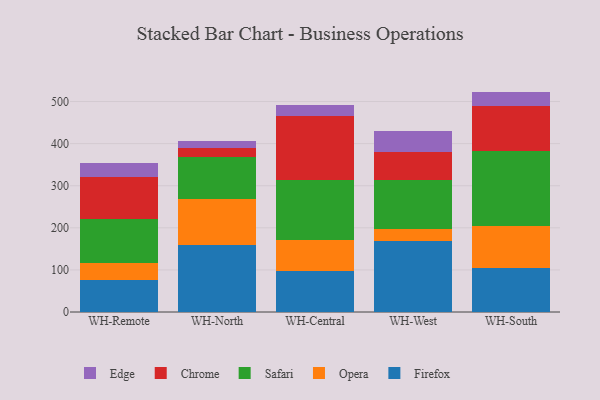
{"axis": {"x": "Warehouse", "y": "Operating Costs (USD K)"}, "legend": ["Chrome", "Edge", "Firefox", "Opera", "Safari"], "data": [{"x": "WH-Remote", "y": 75.9, "type": "Firefox"}, {"x": "WH-Remote", "y": 39.8, "type": "Opera"}, {"x": "WH-Remote", "y": 106.1, "type": "Safari"}, {"x": "WH-Remote", "y": 98.8, "type": "Chrome"}, {"x": "WH-Remote", "y": 33.5, "type": "Edge"}, {"x": "WH-North", "y": 159.8, "type": "Firefox"}, {"x": "WH-North", "y": 109.0, "type": "Opera"}, {"x": "WH-North", "y": 100.2, "type": "Safari"}, {"x": "WH-North", "y": 21.8, "type": "Chrome"}, {"x": "WH-North", "y": 14.5, "type": "Edge"}, {"x": "WH-Central", "y": 96.7, "type": "Firefox"}, {"x": "WH-Central", "y": 74.5, "type": "Opera"}, {"x": "WH-Central", "y": 143.5, "type": "Safari"}, {"x": "WH-Central", "y": 149.9, "type": "Chrome"}, {"x": "WH-Central", "y": 28.2, "type": "Edge"}, {"x": "WH-West", "y": 169.4, "type": "Firefox"}, {"x": "WH-West", "y": 26.9, "type": "Opera"}, {"x": "WH-West", "y": 118.2, "type": "Safari"}, {"x": "WH-West", "y": 65.0, "type": "Chrome"}, {"x": "WH-West", "y": 50.3, "type": "Edge"}, {"x": "WH-South", "y": 104.3, "type": "Firefox"}, {"x": "WH-South", "y": 101.1, "type": "Opera"}, {"x": "WH-South", "y": 176.7, "type": "Safari"}, {"x": "WH-South", "y": 106.4, "type": "Chrome"}, {"x": "WH-South", "y": 35.1, "type": "Edge"}]}